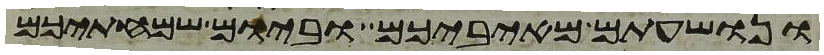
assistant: ונושעתם מאיביכם וביום שמחתיכם